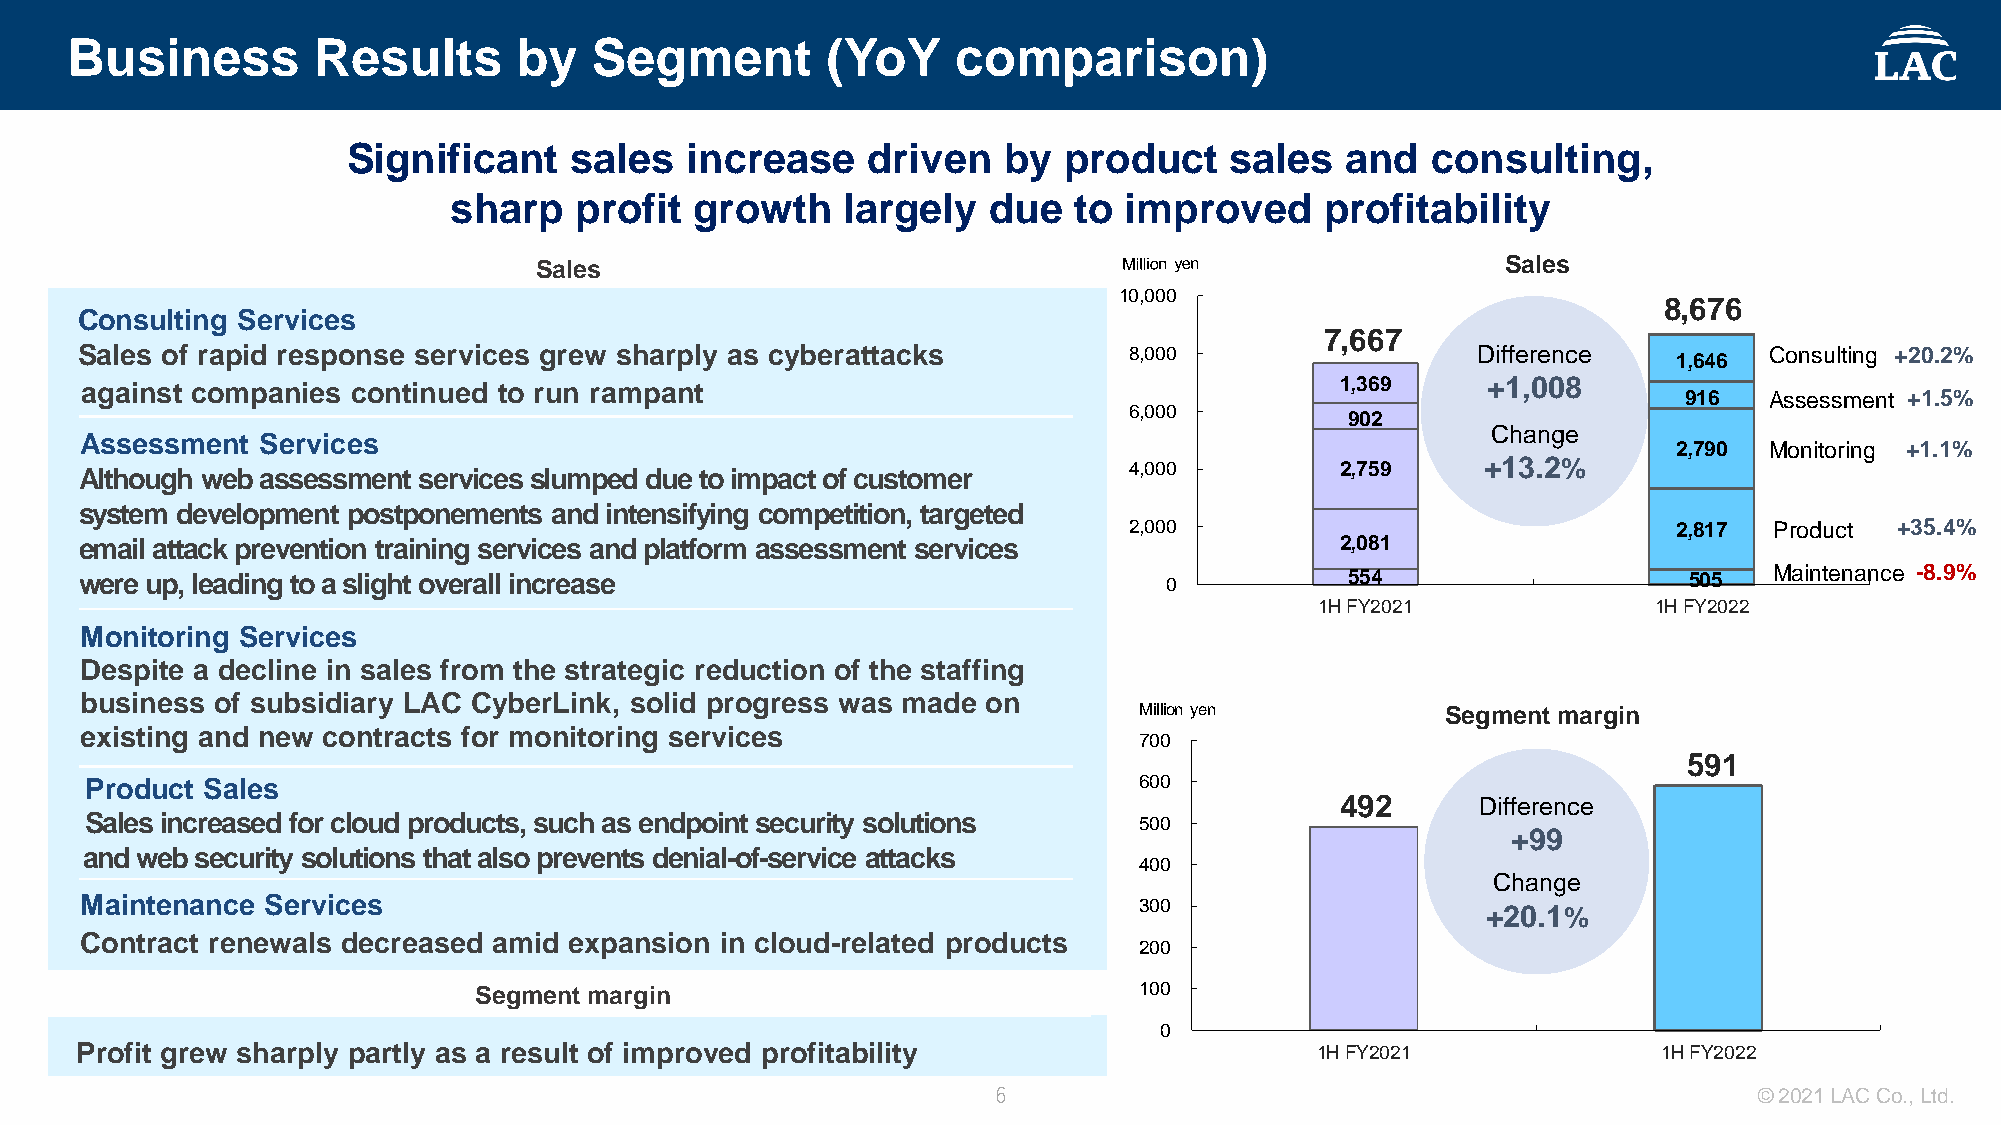
Business         Results      by   Segment         (YoY    comparison)
 Significant    sales  increase    driven   by  product    sales   and   consulting,
 sharp   profit  growth    largely  due   to improved      profitability
 Sales                                                            Sales
 10,000
 8,676
 Consulting Services
 7,667
 Sales of rapid response services grew sharply as cyberattacks         8,000                  Difference         Consulting +20.2%
 1,646
 against companies continued to run rampant                                          1,369    +1,008
 916   Assessment +1.5%
 6,000
 902
 Change
 Assessment  Services
 2,790 Monitoring +1.1%
 Although web assessment servicesslumped due to impact of customer     4,000         2,759
 +13.2%
 system development postponements and intensifying competition, targeted
 2,000                               2,817 Product  +35.4%
 email attack prevention training services and platform assessment services          2,081
 were up, leading to a slight overall increase                           0           554                    505  Maintenance -8.9%
 1H FY2021             1H FY2022
 Monitoring Services
 Despite a decline in sales from the strategic reduction of the staffing
 business of subsidiary LAC CyberLink, solid progress was made on
 Million yen          Segment margin
 existing and new contracts for monitoring services
 700
 591
 Product Sales                                                        600
 492      Difference
 Sales increased for cloud products, such as endpoint security solutions 500
 +99
 and web security solutions that also prevents denial-of-service attacks
 400
 Change
 Maintenance Services                                                  300                    +20.1%
 Contract renewals decreased amid expansion in cloud-related products
 200
 Segment margin                              100
 0
 Profit grew sharply partly as a result of improved profitability                  1H FY2021              1H FY2022
 6                                                 © 2021 LAC Co., Ltd.